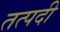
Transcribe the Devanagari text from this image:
तत्पदी